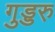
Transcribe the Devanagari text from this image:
गुड्डरु